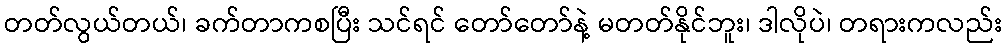
တတ်လွယ်တယ်၊ ခက်တာကစပြီး သင်ရင် တော်တော်နဲ့ မတတ်နိုင်ဘူး၊ ဒါလိုပဲ၊ တရားကလည်း